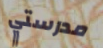
مدرستي